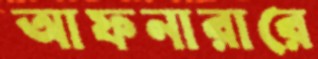
আফনারারে